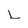
Character: L